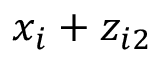
x _ { i } + z _ { i 2 }